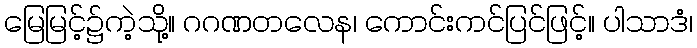
မြေမြင့်၌ကဲ့သို့။ ဂဂဏတလေန၊ ကောင်းကင်ပြင်ဖြင့်။ ပါသာဒံ၊